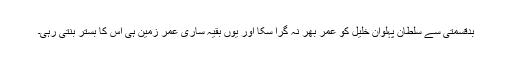
بدقسمتی سے سلطان پہلوان خلیل کو عمر بھر نہ گرا سکا اور یوں بقیہ ساری عمر زمین ہی اس کا بستر بنتی رہی۔